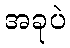
အခုပဲ